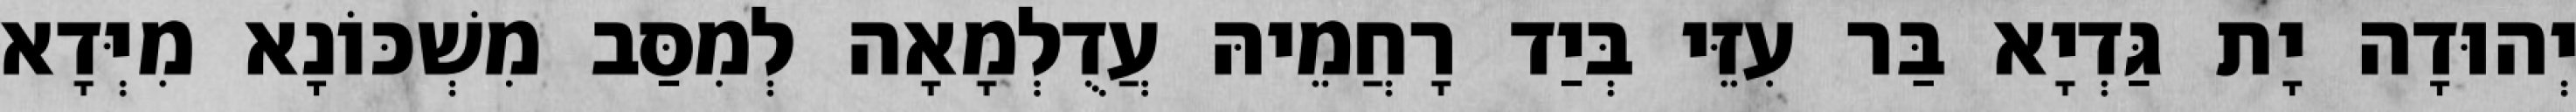
יְהוּדָה יָת גַּדְיָא בַּר עִזֵּי בְּיַד רָחֲמֵיהּ עֲדֻלְמָאָה לְמִסַּב מִשְׁכּוֹנָא מִיְּדָא